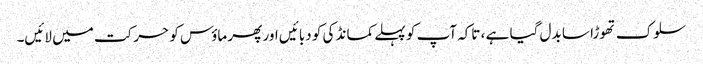
سلوک تھوڑا سا بدل گیا ہے ، تاکہ آپ کو پہلے کمانڈ کی کو دبائیں اور پھر ماؤس کو حرکت میں لائیں۔